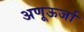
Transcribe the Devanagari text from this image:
अणूऊर्जा